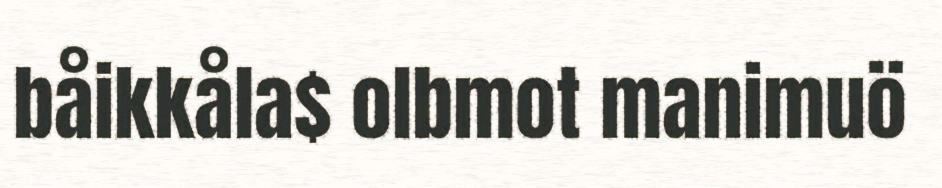
båikkåla$ olbmot manimuö